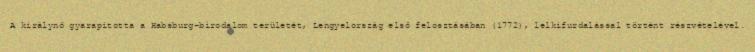
A királynő gyarapította a Habsburg-birodalom területét, Lengyelország első felosztásában (1772), lelkifurdalással történt részvételével.